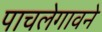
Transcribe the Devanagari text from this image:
पाचलेगावने